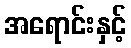
အရောင်းနှင့်